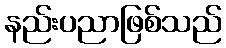
နည်းပညာဖြစ်သည်